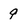
Character: g